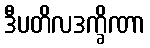
ဒီပတိလဒက္ခိဏာ